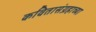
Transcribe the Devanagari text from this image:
कवितासंग्रहाच्या